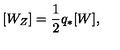
[ W _ { Z } ] = \frac { 1 } { 2 } q _ { * } [ W ] ,